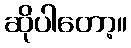
ဆိုပါတော့။